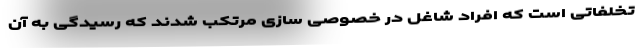
تخلفاتی است که افراد شاغل در خصوصی سازی مرتکب شدند که رسیدگی به آن